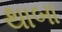
થાબા